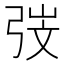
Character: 𭚱